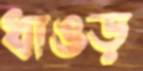
ধাঙড়